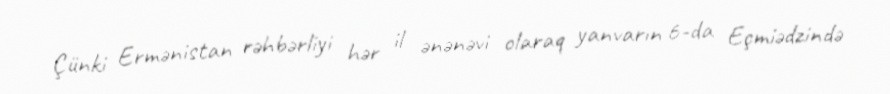
Çünki Ermənistan rəhbərliyi hər il ənənəvi olaraq yanvarın 6-da Eçmiədzində